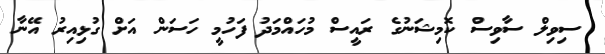
ސިވިލް ސާވިސް ކޮމިޝަނުގެ ރައީސް މުހައްމަދު ފަހުމީ ހަސަން އަށް ގުޅިއިރު އޭނާ